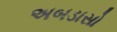
અબડાસો